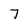
Character: 7